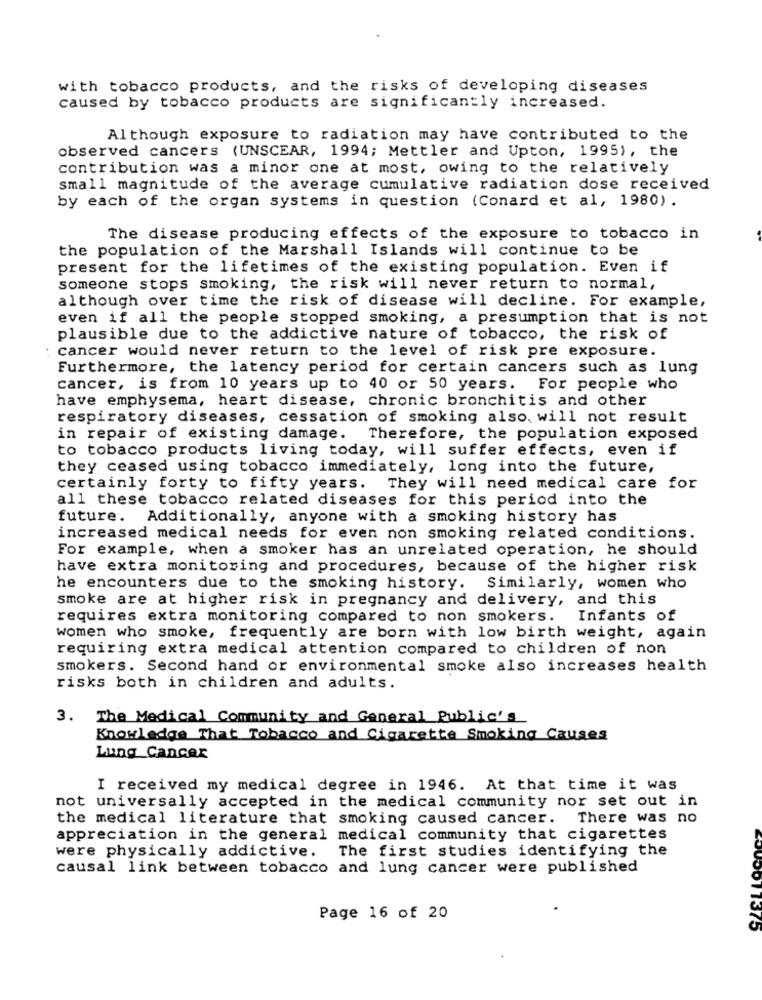
with tobacco products, and the risks of developing diseases
caused by tobacco products are significantly increased.
Although exposure to radiation may have contributed to the
observed cancers (UNSCEAR, 1994; Mettler and Upton, 1995), the
contribution was a minor one at most, owing to the relatively
small magnitude of the average cumulative radiation dose received
by each of the organ systems in question (Conard et al, 1980).
The disease producing effects of the exposure to tobacco in
the population of the Marshall Islands will continue to be
present for the lifetimes of the existing population. Even if
someone stops smoking, the risk will never return to normal,
although over time the risk of disease will decline. For example,
even if all the people stopped smoking, a presumption that is not
plausible due to the addictive nature of tobacco, the risk of
cancer would never return to the level of risk pre exposure.
Furthermore, the latency period for certain cancers such as lung
cancer, is from 10 years up to 40 or 50 years. For people who
have emphysema, heart disease, chronic bronchitis and other
respiratory diseases, cessation of smoking also, will not result
in repair of existing damage. Therefore, the population exposed
to tobacco products living today, will suffer effects, even if
they ceased using tobacco immediately, long into the future,
certainly forty to fifty years. They will need medical care for
all these tobacco related diseases for this period into the
future.
Additionally, anyone with a smoking history has
increased medical needs for even non smoking related conditions.
For example, when a smoker has an unrelated operation, he should
have extra monitoring and procedures, because of the higher risk
he encounters due to the smoking history. Similarly, women who
smoke are at higher risk in pregnancy and delivery, and this
requires extra monitoring compared to non smokers.
Infants of
women who smoke, frequently are born with low birth weight, again
requiring extra medical attention compared to children of non
smokers. Second hand or environmental smoke also increases health
risks both in children and adults.
3. The Medical Community and General Public's
Knowledge That Tobacco and Cigarette Smoking Causes
Lung Cancer
I received my medical degree in 1946. At that time it was
not universally accepted in the medical community nor set out in
the medical literature that smoking caused cancer. There was no
appreciation in the general medical community that cigarettes
were physically addictive.
The first studies identifying the
causal link between tobacco and lung cancer were published
Page 16 of 20